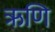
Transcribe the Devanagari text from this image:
ऋणि